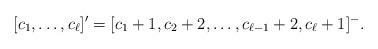
LaTeX: \begin{align*}[c_1, \dots, c_\ell]'=[c_1+1,c_2+2, \dots,c_{\ell-1}+2, c_\ell+1]^-.\end{align*}